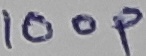
Text: 100p